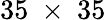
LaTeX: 35~\times~35